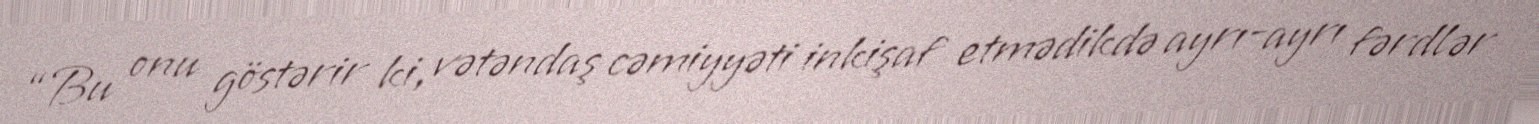
“Bu onu göstərir ki, vətəndaş cəmiyyəti inkişaf etmədikdə ayrı-ayrı fərdlər